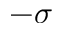
- \sigma